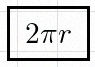
2\pi r